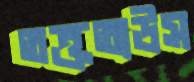
তক্ততাউস